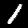
Label: 1